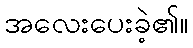
အလေးပေးခဲ့၏။